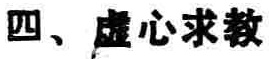
四、虚心求教